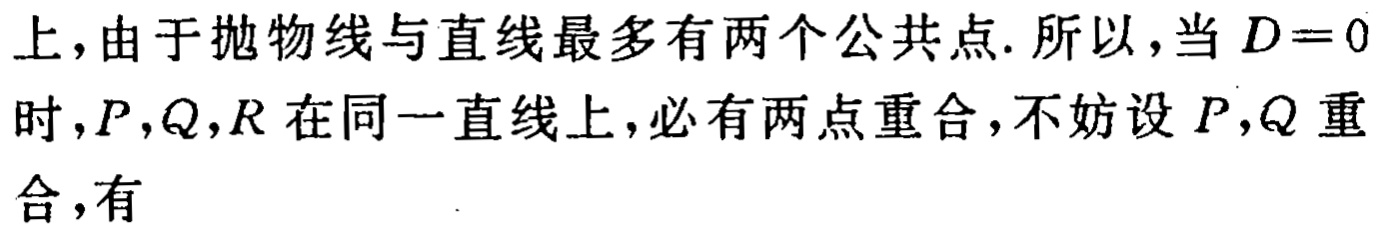
上，由于抛物线与直线最多有两个公共点. 所以，当 \(D = 0\) 时，\(P,Q,R\) 在同一直线上，必有两点重合，不妨设 \(P,Q\) 重合，有